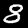
Digit: 8